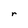
Character: r